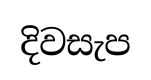
දිවසැප